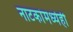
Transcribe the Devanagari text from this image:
नाटकांमध्येही